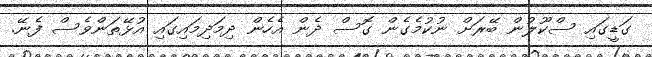
ގަޑީގައި ސްކޫލުން ބޭރަށް ނުކުމެގެން ގޮސް ދެން އެހެން ދިމަދިމައިގައި އުޅޭތަންވެސް ފެނޭ.